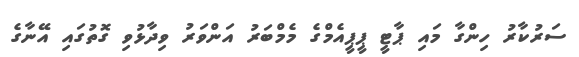
ސަރުކާރު ހިންގާ މައި ޕާޓީ ޕީޕީއެމްގެ މެމްބަރު އަންވަރު ވިދާޅުވި ގޮތުގައި އޭނާގެ